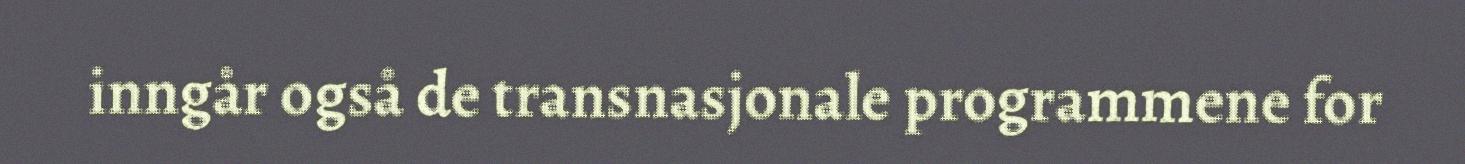
inngår også de transnasjonale programmene for